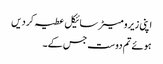
اپنی زیرو میٹر سائیکل عطیہ کر دیں
ہوئے تم دوست جس کے۔